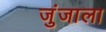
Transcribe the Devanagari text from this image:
जुंजाला